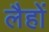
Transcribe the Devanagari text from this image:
लैहों